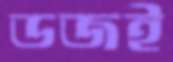
ডজই